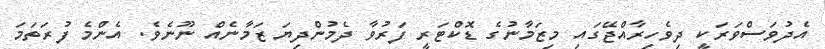
އެދުވަސްވަރަކީ ދިވެހިރާއްޖޭގައި މިޒަމާނުގެ ޑޮކްޓަރީ ފަރުވާ ދެމުންދިޔަ ޒަމާނެއް ނޫނެވެ. އެންމެ ފުރަތަމަ